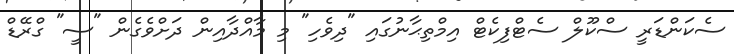
ސެކަންޑަރީ ސްކޫލް ސެޓްފިކެޓް އިމްތިޙާނުގައި "ދިވެހި" މި މާއްދާއިން ދަށްވެގެން "ސީ" ގްރޭޑް